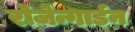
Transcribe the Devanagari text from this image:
रोजेन्गार्डन